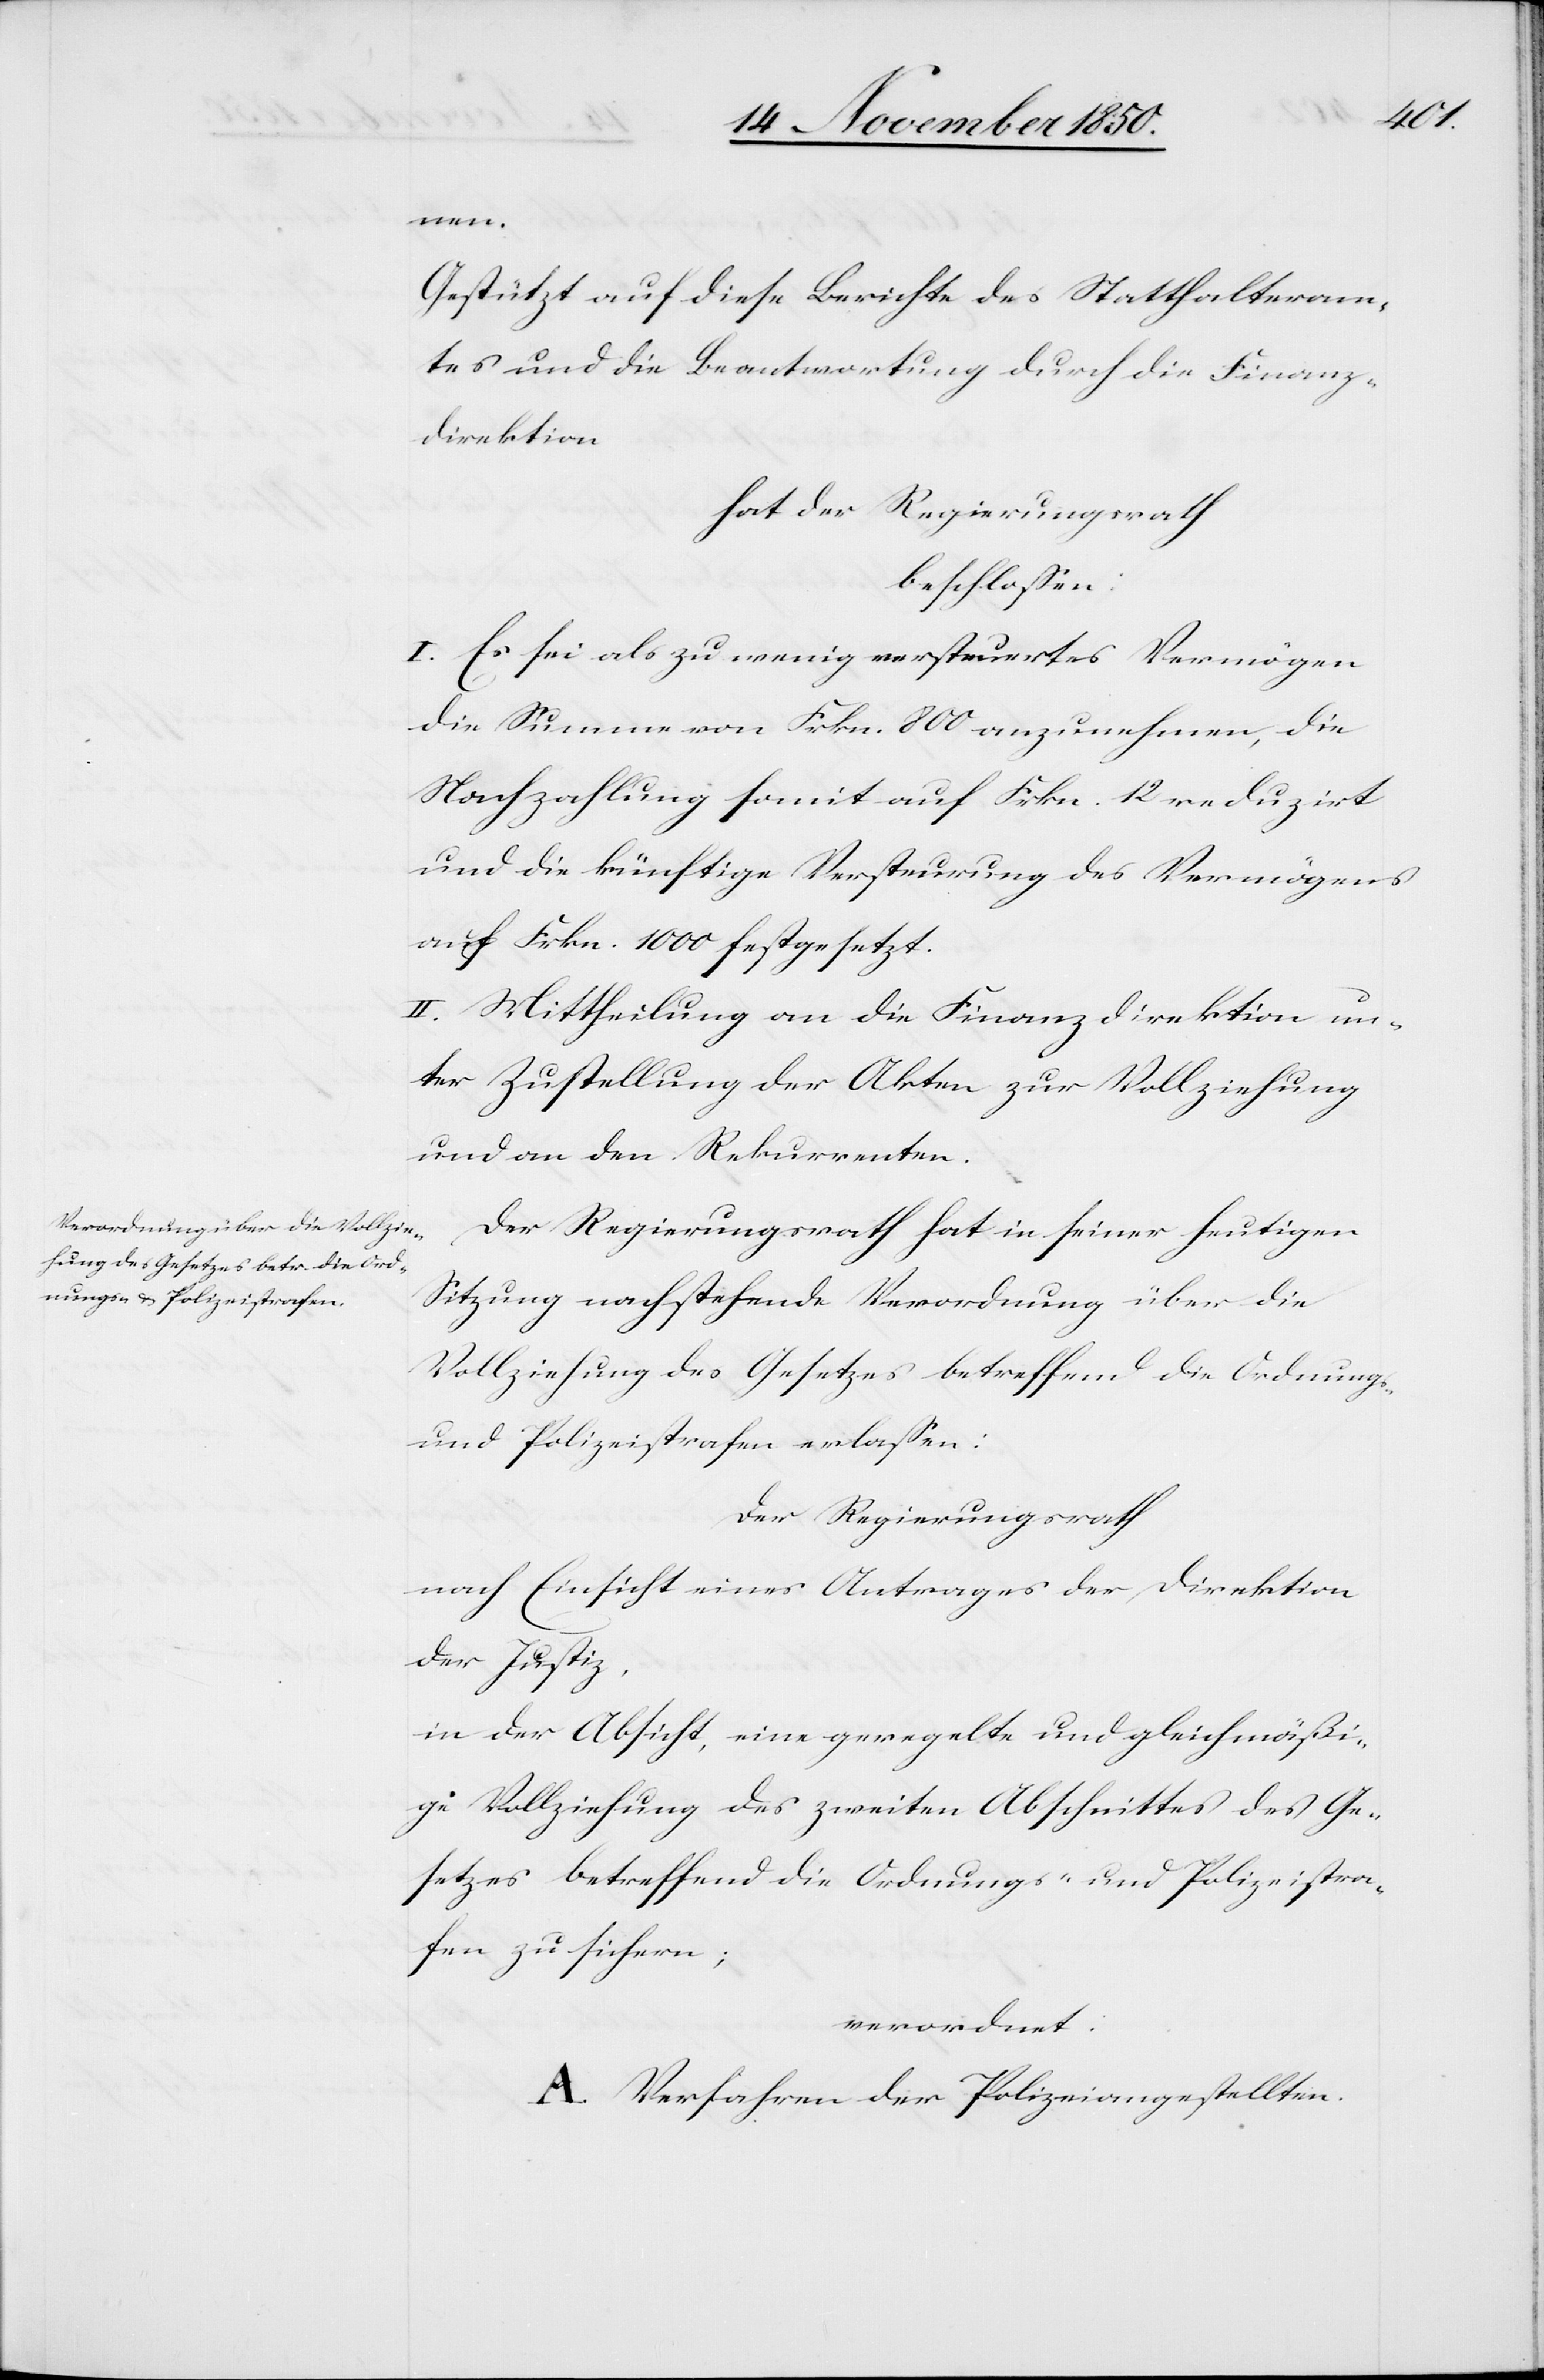
nen.
Gestützt auf diese Berichte des Statthalteram¬
tes und die Beantwortung durch die Finanz¬
direktion
hat der Regierungsrath
beschlossen:
I. Es sei als zu wenig versteuertes Vermögen
die Summe von Frkn. 800 anzunehmen, die
Nachzahlung somit auf Frkn. 12 reduzirt
und die künftige Versteurung des Vermögens
auf Frkn. 1000 festgesetzt.
II. Mittheilung an die Finanzdirektion un¬
ter Zustellung der Akten zur Vollziehung
und an den Rekurrenten.
Der Regierungsrath hat in seiner heutigen
Sitzung nachstehende Verordnung über die
Vollziehung des Gesetzes betreffend die Ordnungs-
und Polizeistrafen erlassen:
Der Regierungsrath
nach Einsicht eines Antrages der Direktion
der Justiz,
in der Absicht, eine geregelte und gleichmäßi¬
ge Vollziehung des zweiten Abschnittes des Ge¬
setzes betreffend die Ordnungs- und Polizeistra¬
fen zu sichern;
verordnet:
A. Verfahren der Polizeiangestellten